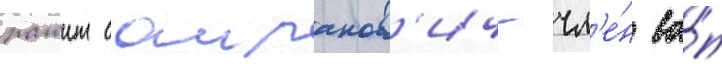
рашит саиранов'ич- чл'е́н ва́п